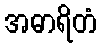
အဓာရိတံ